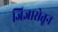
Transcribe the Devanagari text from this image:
जिज्ञासेतून